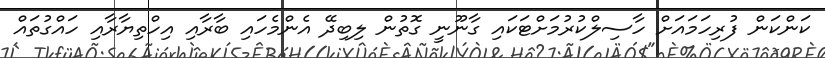
ކަންކަން ފުރިހަމަައަށް ހާސިލްކުރުމަށްޓަކައި ގާނޫނީ ގޮތުން ލިބިދޭ އެންމެހައި ބާރާއި އިހްތިޔާރާއި ހައްގުތައް